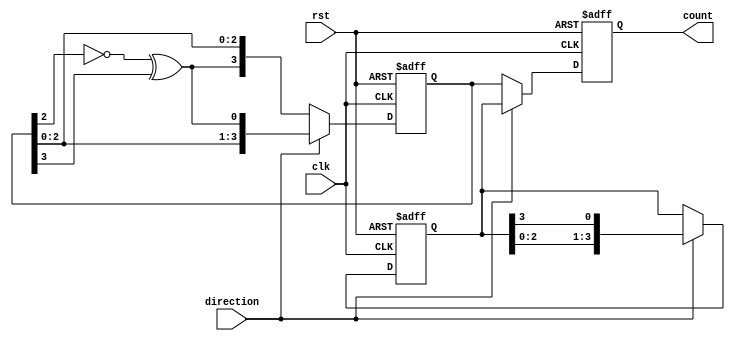
module johnson_gray_counter (
    input clk,
    input rst,
    input direction,
    output reg [3:0] count
);

reg [3:0] gray_code;
reg [3:0] binary_code;

always @ (posedge clk or posedge rst) begin
    if (rst) begin
        count <= 4'b0000;
        gray_code <= 4'b0000;
        binary_code <= 4'b0000;
    end else begin
        if (direction) begin
            gray_code <= {gray_code[2:0], gray_code[3]};
            binary_code <= {binary_code[2:0], ~binary_code[2] ^ binary_code[3]};
        end else begin
            gray_code <= {gray_code[3], gray_code[2:0]};
            binary_code <= {~binary_code[2] ^ binary_code[3], binary_code[2:0]};
        end
        
        count <= direction ? gray_code : binary_code;
    end
end

endmodule